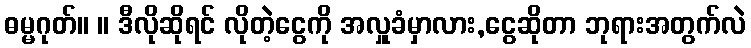
ဓမ္မဂုတ်။ ။ ဒီလိုဆိုရင် လိုတဲ့ငွေကို အလှူခံမှာလား,ငွေဆိုတာ ဘုရားအတွက်လဲ